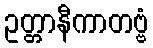
ဥတ္တာနီကာတဗ္ဗံ